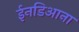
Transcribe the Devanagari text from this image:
ईनडिआना